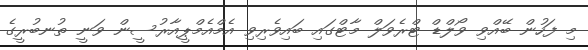
މި ފަހުން ބޭއްވި ވޯލްޑް ޓްރެވަލް މާޓްގައި ބައިވެރިވި އެމްއެމްޕީއާރުސީން ވަނީ ތުނބުރީގެ